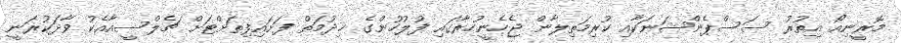
މޮރީނިއޯ އިތުރު ސަސްޕެންޝަނަކާއި ކުރިމަތިލާން ޖެހެނީހުރާގައި ފުލުހުންގެ ޚިދުމަތް ފަށައިފިތަށްޓަށް ޗެލްސީއާއެކު ވާދަކުރަނީ